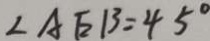
\angle A E B = 4 5 ^ { \circ }